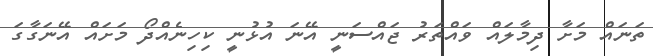
ތަނައް މަށާ ދިމާލައް ވައްްތަރު ޖައްސަނީ އޭނަ އުޅުނީ ކިހިނެއްދޯ މަށައް އޭނަގާގަ